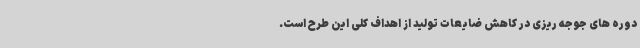
دوره های جوجه ریزی در کاهش ضایعات تولید از اهداف کلی این طرح است.